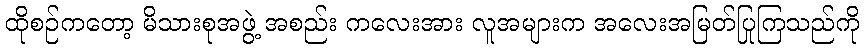
ထိုစဉ်ကတော့ မိသားစုအဖွဲ့ အစည်း ကလေးအား လူအများက အလေးအမြတ်ပြုကြသည်ကို